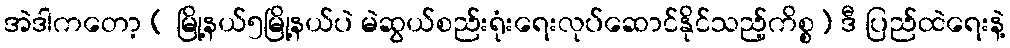
အဲဒါကတော့ ( မြို့နယ်၅မြို့နယ်ပဲ မဲဆွယ်စည်းရုံးရေးလုပ်ဆောင်နိုင်သည့်ကိစ္စ) ဒီ ပြည်ထဲရေးနဲ့